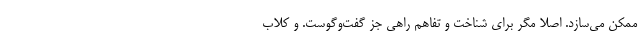
ممکن می‌سازد. اصلاً مگر برای شناخت و تفاهم راهی جز گفت‌و‌گوست. و کلاب